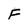
Character: F